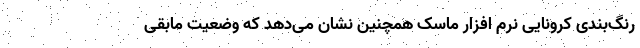
رنگ‌بندی کرونایی نرم افزار ماسک همچنین نشان می‌دهد که وضعیت مابقی